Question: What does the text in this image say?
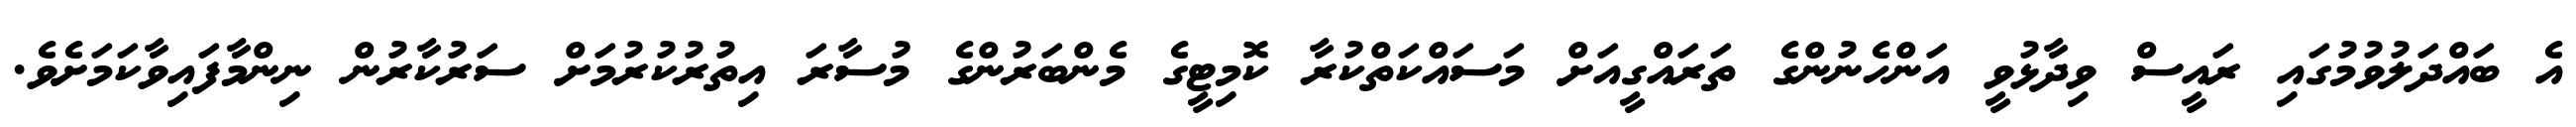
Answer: އެ ބައްދަލުވުމުގައި ރައީސް ވިދާޅުވީ އަންހެނުންގެ ތަރައްގީއަށް މަސައްކަތްކުރާ ކޮމިޓީގެ މެންބަރުންގެ މުސާރަ އިތުރުކުރުމަށް ސަރުކާރުން ނިންމާފައިވާކަމަށެވެ.